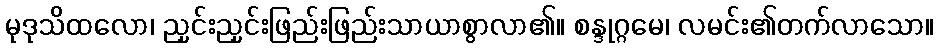
မုဒုသိထလော၊ ညှင်းညှင်းဖြည်းဖြည်းသာယာစွာလာ၏။ စန္ဒုဂ္ဂမေ၊ လမင်း၏တက်လာသော။